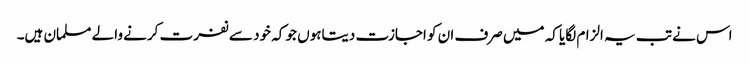
اس نے تب یہ الزام لگایا کہ میں صرف ان کو اجازت دیتاہوں جو کہ خود سے نفرت کرنے والے مسلمان ہیں۔